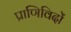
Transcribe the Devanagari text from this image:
प्राणिविदों